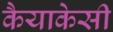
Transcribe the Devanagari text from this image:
कैयाकेसी